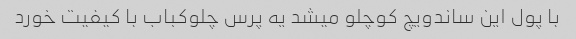
با پول این ساندویچ کوچلو میشد یه پرس چلوکباب با کیفیت خورد